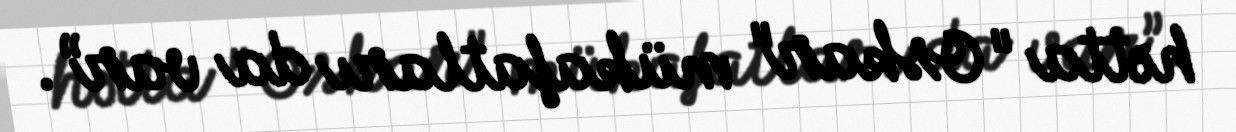
hətta "Oskar" mükafatları da var”.